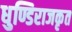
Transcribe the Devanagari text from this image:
धुण्डिराजकृत